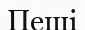
Пеші